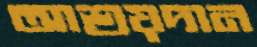
আশ্রয়দান